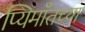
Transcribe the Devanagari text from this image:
प्यिमाँतच्या